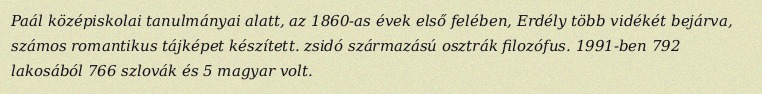
Paál középiskolai tanulmányai alatt, az 1860-as évek első felében, Erdély több vidékét bejárva, számos romantikus tájképet készített. zsidó származású osztrák filozófus. 1991-ben 792 lakosából 766 szlovák és 5 magyar volt.